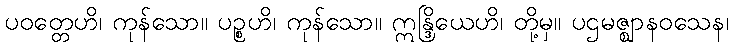
ပဝတ္တေဟိ၊ ကုန်သော။ ပဉ္စဟိ၊ ကုန်သော။ ဣန္ဒြိယေဟိ၊ တို့မှ။ ပဌမဇ္ဈာနဝသေန၊